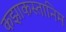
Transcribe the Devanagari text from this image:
कझाकस्तानिम